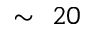
\sim ~ 2 0